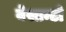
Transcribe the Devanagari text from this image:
वेसान्टो